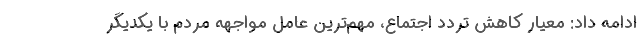
ادامه داد: معیار کاهش تردد اجتماع، مهم‌ترین عامل مواجهه مردم با یکدیگر